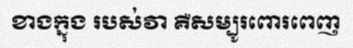
ខាងក្នុង របស់វា គឺសម្បូរពោរពេញ